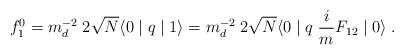
LaTeX: \begin{align*}f^0_1=m_d^{-2} \; 2 \sqrt{N} \langle 0 \mid q \mid 1 \rangle =m_d^{-2} \;2 \sqrt{N} \langle 0 \mid q \; \frac{i}{m} F_{12} \mid 0 \rangle \; .\end{align*}